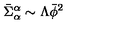
\bar { \Sigma } _ { \alpha } ^ { \alpha } \sim \Lambda \bar { \phi } ^ { 2 }